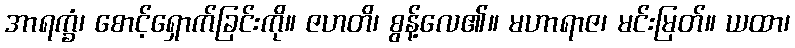
အာရက္ခံ၊ စောင့်ရှောက်ခြင်းကို။ ဇဟတိ၊ စွန့်လေ၏။ မဟာရာဇ၊ မင်းမြတ်။ ယထာ၊